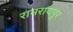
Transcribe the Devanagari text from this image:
रामरायपुर